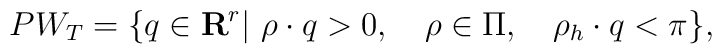
PW_T=\{q\in{\bf R}^r|\ \rho\cdot q>0,\quad \rho\in\Pi,    \quad \rho_h\cdot q<\pi\},